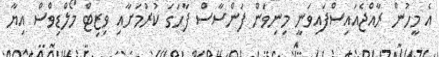
އެ މީހުން ރާއްޖެއައިސްފައިވަނީ މިނިވަން ފަންސާސް ފާހަގަ ކުރުމަށާއި ވިޒިޓް މޯލްޑިވްސް އިޔާ